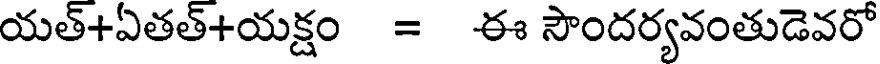
యత్+ఏతత్+యక్షం = ఈ సౌందర్యవంతుడెవరో